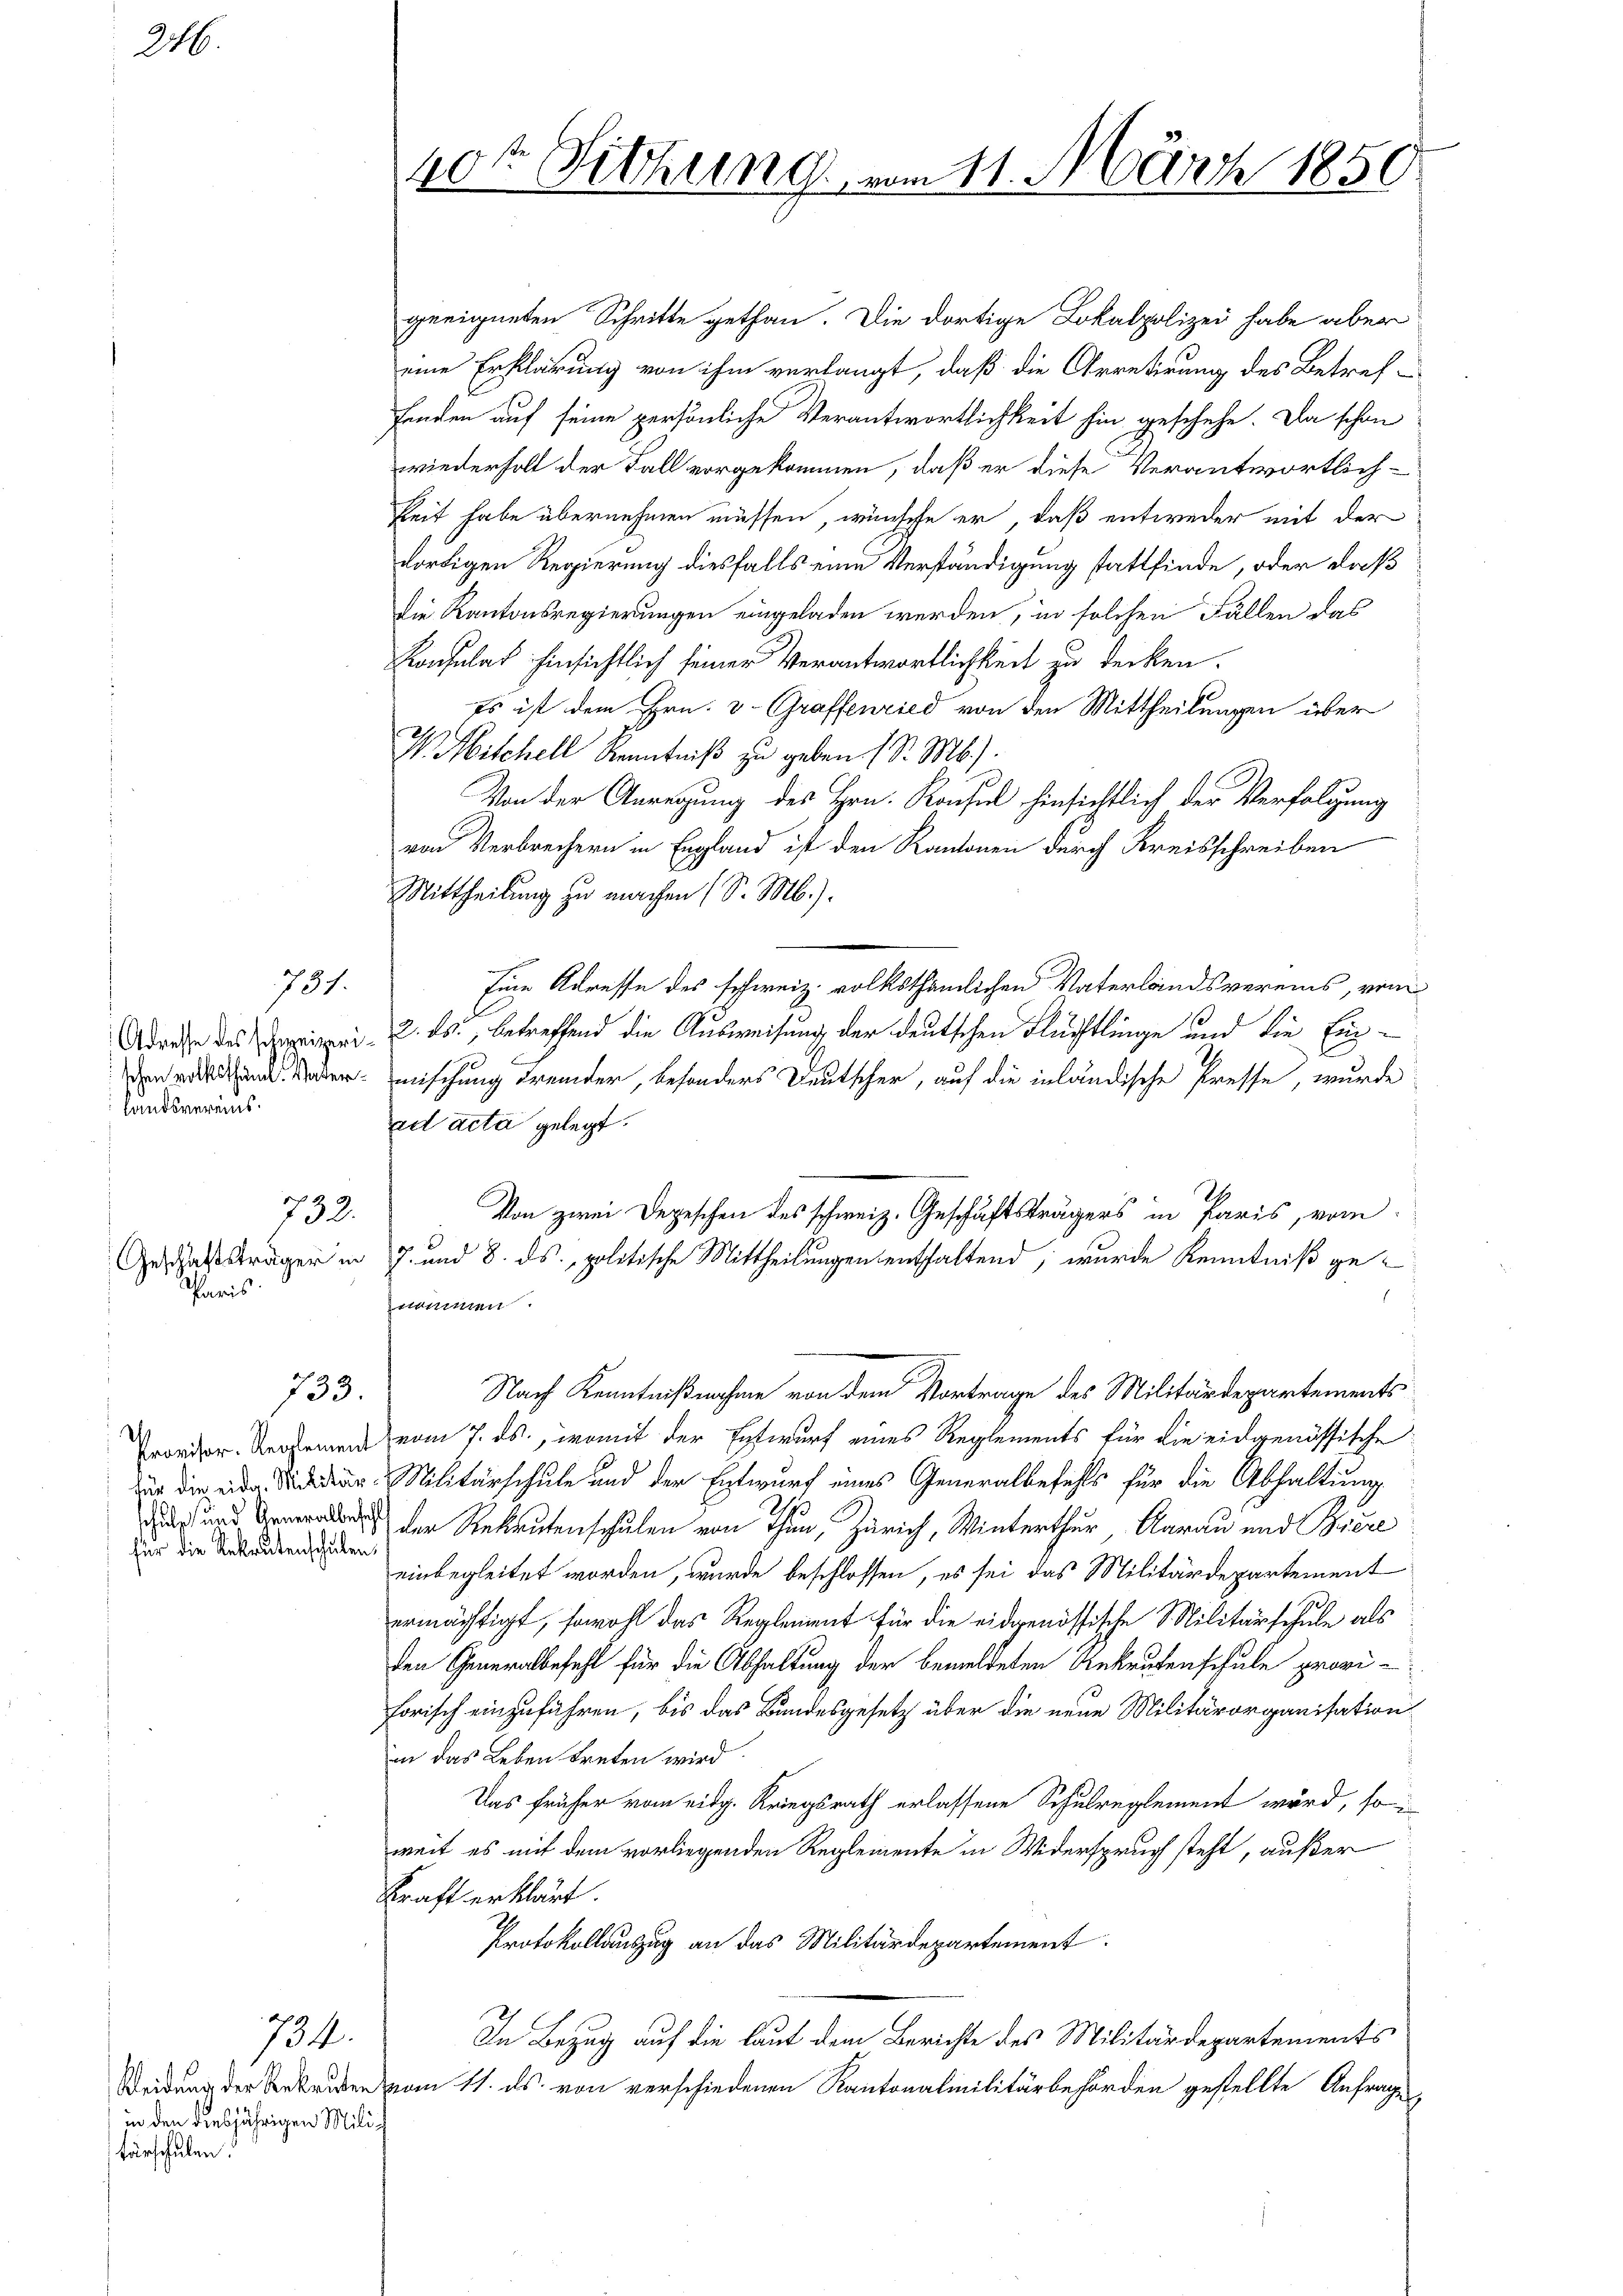
246.

732.
Paris.

für die Rekrutenschulen,

731.

Landsvereins.

733.

in den diesjährigen Milich
tärschulen.

734.

geeigneten Schritte gethan. Die dortige Lokalpolizei habe aber
eine Erklärung von ihm verlangt, daß die Arretirung des Betref-
fanden auf seine persönliche Verantwortlichkeit hin geschehe. Da schon
wiederholt der Fall vorgekommen, daß er diese Verantwortlich-
keit habe übernehmen müssen, wünsche er, daß entweder mit der
dortigen Regierung diesfalls eine Verständigung stattfinde, oder daß
die Kantonsregierungen eingeladen werden, in solchen Fällen das
Konsulat hinsichtlich seiner Verantwortlichkeit zu decken.
Es ist dem Hrn. v. Graffenried von den Mittheilungen über
V. Mitchell Kenntniß zu geben (S. Mb.).
Von der Anregung des Hrn. Konsul hinsichtlich der Verfolgung
von Verbrechern in England ist den Kantonen durch Kreisschreiben
Mittheilung zu machen (S. M.).
Eine Adresse des schweiz. volksthämlichen Vaterlandsvereins, vom
Adresse des Spizei u. ds., betreffend die Ausweisung der deutschen Flüchtlinge und die Engemischung fremder, besonders Deutscher, auf die inländische Presse, wurde
eet acta gelegt.
Von zwei Depeschen des schweiz. Geschäftsträgers in Paris, vom
Geschäftsträger in 7. und 8. ds. politische Mittheilungen enthaltend, wurde Kenntniß genommen.
Nach Kenntnißnahme von dem Vortrage des Militärdepartements
rorden. Dersemen vom 7. ds., womit der Entwurf eines Reglements für die eidgenössische
 Militärschule und der Entwurf eines Generalbefehls für die Abhaltung
 der Rekrutenschulen von Thun, Zürich, Winterthur, Aarau und Bere
einbegleitet worden, wurde beschlossen, es sei das Militärdepartement
ermächtigt, sowohl das Reglement für die eidgenössische Militärschule als
den Generalbefehl für die Abhaltung der bemeldeten Antragenschule provi-
forisch einzuführen, bis das Bundesgesetz über die neue Militärorganisation
in das Leben treten wird.
Das früher vom eidg. Kriegsrath erlassene Schulreglement wird, so
weit es mit dem vorliegenden Reglemente in Widerspruch steht, außer
Kraft erklärt.
Protokollauszug an das Militärdepartement
In Bezug auf die laut dem Berichte des Militärdepartements
Weidung der Bekruten vom 11. ds. von verschiedenen Kantonalmilitärbehörden gestellte Anfrage

40te Sitzung vom 11. März 1850